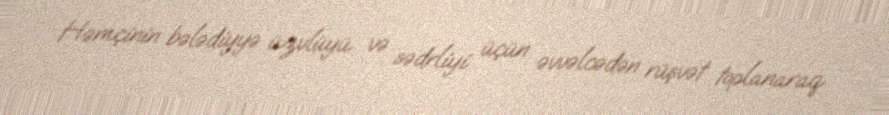
Həmçinin bələdiyyə üzvlüyü və sədrliyi üçün əvvəlcədən rüşvət toplanaraq